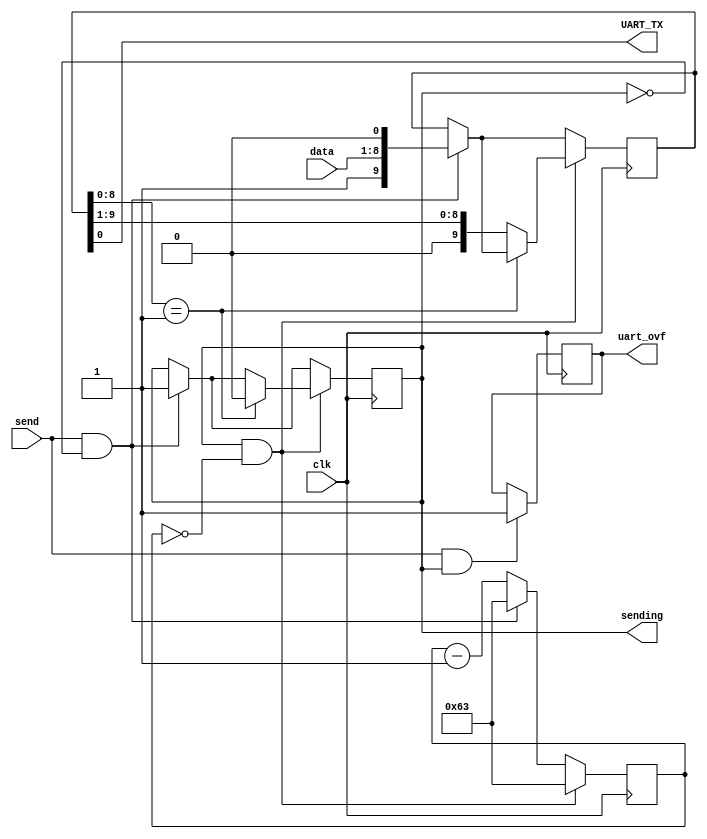
module Rs232Tx(input clk, output UART_TX, input [7:0] data, input send, output reg uart_ovf, output reg sending);
  reg [9:0] sendbuf = 9'b000000001;
  //reg sending;
  reg [13:0] timeout;
  assign UART_TX = sendbuf[0];
 
  always @(posedge clk) begin
    if (send && sending)
      uart_ovf <= 1;
  
    if (send && !sending) begin
      sendbuf <= {1'b1, data, 1'b0};
      sending <= 1;
      timeout <= 100 - 1; // 115200
    end else begin
      timeout <= timeout - 1;
    end
    
    if (sending && timeout == 0) begin
      timeout <= 100 - 1; // 115200
      if (sendbuf[8:0] == 9'b000000001)
        sending <= 0;
      else
        sendbuf <= {1'b0, sendbuf[9:1]};
    end
  end
endmodule